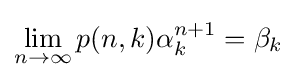
\lim _{n\rightarrow \infty }p(n,k)\alpha _{k}^{n+1}=\beta _{k}